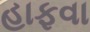
હાફવા